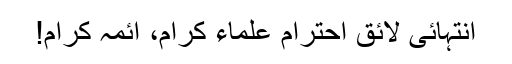
انتہائی لائق احترام علماء کرام، ائمہ کرام!